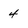
Character: 4